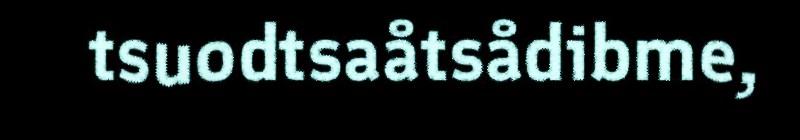
tsuodtsaåtsådibme,